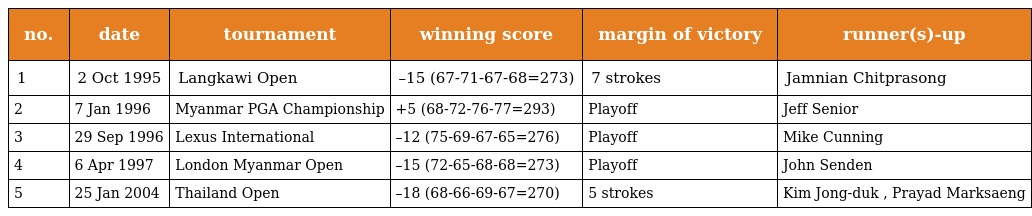
| no. | date | tournament | winning score | margin of victory | runner(s)-up |
 | --- | --- | --- | --- | --- | --- |
 | 1 | 2 Oct 1995 | Langkawi Open | –15 (67-71-67-68=273) | 7 strokes | Jamnian Chitprasong |
 | 2 | 7 Jan 1996 | Myanmar PGA Championship | +5 (68-72-76-77=293) | Playoff | Jeff Senior |
 | 3 | 29 Sep 1996 | Lexus International | –12 (75-69-67-65=276) | Playoff | Mike Cunning |
 | 4 | 6 Apr 1997 | London Myanmar Open | –15 (72-65-68-68=273) | Playoff | John Senden |
 | 5 | 25 Jan 2004 | Thailand Open | –18 (68-66-69-67=270) | 5 strokes | Kim Jong-duk , Prayad Marksaeng |